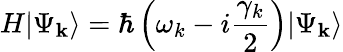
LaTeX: H|\Psi_{\mathbf{k}}\rangle=\hbar\left(\omega_{k}-i\frac{\gamma_{k}}{2}\right)|\Psi_{\mathbf{k}}\rangle